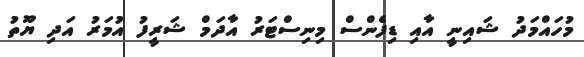
މުހައްމަދު ޝައިނީ އާއި ޑިފެންސް މިނިސްޓަރު އާދަމް ޝަރީފު އުމަރު އަދި ޔޫތު